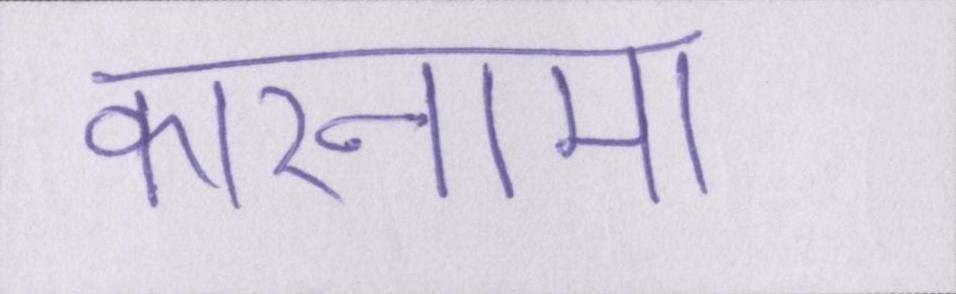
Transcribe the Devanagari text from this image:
कारनामा